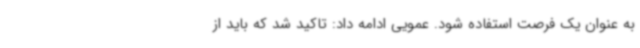
به عنوان یک فرصت استفاده شود. عمویی ادامه داد: تاکید شد که باید از